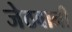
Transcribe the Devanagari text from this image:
जेठवानी